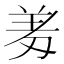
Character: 𭃱